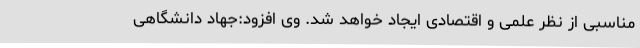
مناسبی از نظر علمی و اقتصادی ایجاد خواهد شد. وی افزود:جهاد دانشگاهی